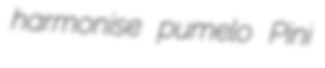
harmonise pumelo Pini